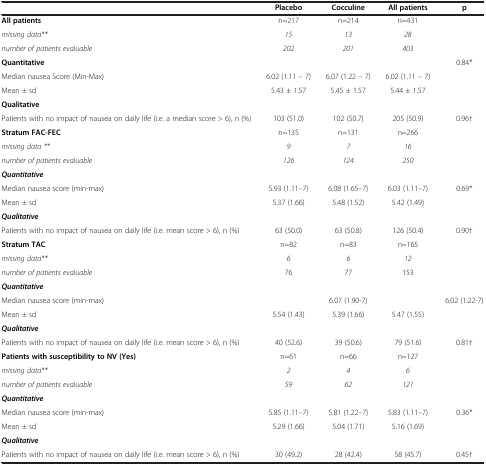
<table><thead><tr><td><b> </b></td><td><b>Placebo</b></td><td><b>Cocculine</b></td><td><b>All patients</b></td><td><b>p</b></td></tr></thead><tbody><tr><td><b>All patients</b></td><td>n=217</td><td>n=214</td><td>n=431</td><td> </td></tr><tr><td><i>missing data**</i></td><td><i>15</i></td><td><i>13</i></td><td><i>28</i></td><td> </td></tr><tr><td><i>number of patients evaluable</i></td><td><i>202</i></td><td><i>201</i></td><td><i>403</i></td><td> </td></tr><tr><td><b>Quantitative</b></td><td> </td><td> </td><td> </td><td rowspan="3">0.84*</td></tr><tr><td>Median nausea Score (Min-Max)</td><td>6.02 (1.11 – 7)</td><td>6.07 (1.22 – 7)</td><td>6.02 (1.11 – 7)</td></tr><tr><td>Mean ± sd</td><td>5.43 ± 1.57</td><td>5.45 ± 1.57</td><td>5.44 ± 1.57</td></tr><tr><td><b>Qualitative</b></td><td> </td><td> </td><td> </td><td> </td></tr><tr><td>Patients with no impact of nausea on daily life (i.e. a median score &gt; 6), n (%)</td><td>103 (51.0)</td><td>102 (50.7)</td><td>205 (50.9)</td><td>0.96†</td></tr><tr><td><b>Stratum FAC-FEC</b></td><td>n=135</td><td>n=131</td><td>n=266</td><td> </td></tr><tr><td><i>missing data **</i></td><td><i>9</i></td><td><i>7</i></td><td><i>16</i></td><td rowspan="2"> </td></tr><tr><td><i>number of patients evaluable</i></td><td><i>126</i></td><td><i>124</i></td><td><i>250</i></td></tr><tr><td><b><i>Quantitative</i></b></td><td> </td><td> </td><td> </td><td> </td></tr><tr><td>Median nausea score (min-max)</td><td>5.93 (1.11–7)</td><td>6.08 (1.65–7)</td><td>6.03 (1.11–7)</td><td>0.69*</td></tr><tr><td>Mean ± sd</td><td>5.37 (1.66)</td><td>5.48 (1.52)</td><td>5.42 (1.49)</td><td> </td></tr><tr><td><b><i>Qualitative</i></b></td><td> </td><td> </td><td> </td><td> </td></tr><tr><td>Patients with no impact of nausea on daily life (i.e. mean score &gt; 6), n (%)</td><td>63 (50.0)</td><td>63 (50.8)</td><td>126 (50.4)</td><td>0.90†</td></tr><tr><td><b>Stratum TAC</b></td><td>n=82</td><td>n=83</td><td>n=165</td><td> </td></tr><tr><td><i>missing data**</i></td><td><i>6</i></td><td><i>6</i></td><td><i>12</i></td><td> </td></tr><tr><td><i>number of patients evaluable</i></td><td>76</td><td>77</td><td>153</td><td> </td></tr><tr><td><b><i>Quantitative</i></b></td><td> </td><td> </td><td> </td><td> </td></tr><tr><td>Median nausea score (min-max)</td><td> </td><td>6.07 (1.90-7)</td><td> </td><td rowspan="2">6.02 (1.22-7)</td></tr><tr><td>Mean ± sd</td><td>5.54 (1.43)</td><td>5.39 (1.66)</td><td>5.47 (1.55)</td></tr><tr><td><b><i>Qualitative</i></b></td><td> </td><td> </td><td> </td><td> </td></tr><tr><td>Patients with no impact of nausea on daily life (i.e. mean score &gt; 6), n (%)</td><td>40 (52.6)</td><td>39 (50.6)</td><td>79 (51.6)</td><td>0.81†</td></tr><tr><td><b>Patients with susceptibility to NV (Yes)</b></td><td>n=61</td><td>n=66</td><td>n=127</td><td rowspan="4"> </td></tr><tr><td><i>missing data**</i></td><td><i>2</i></td><td><i>4</i></td><td><i>6</i></td></tr><tr><td><i>number of patients evaluable</i></td><td><i>59</i></td><td><i>62</i></td><td><i>121</i></td></tr><tr><td><b><i>Quantitative</i></b></td><td> </td><td> </td><td> </td></tr><tr><td>Median nausea score (min-max)</td><td>5.85 (1.11–7)</td><td>5.81 (1.22–7)</td><td>5.83 (1.11–7)</td><td rowspan="2">0.36*</td></tr><tr><td>Mean ± sd</td><td>5.29 (1.66)</td><td>5.04 (1.71)</td><td>5.16 (1.69)</td></tr><tr><td><b><i>Qualitative</i></b></td><td> </td><td> </td><td> </td><td> </td></tr><tr><td>Patients with no impact of nausea on daily life (i.e. mean score &gt; 6), n (%)</td><td>30 (49.2)</td><td>28 (42.4)</td><td>58 (45.7)</td><td>0.45†</td></tr></tbody></table>